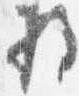
将